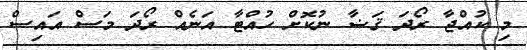
މި ކުއްޖާ ރޯދަ ޤަޟާ ނުކޮށް ހުއްޓާ އަނެއް ރޯދަ މަސް އައިސް